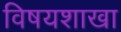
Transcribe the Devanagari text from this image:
विषयशाखा